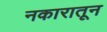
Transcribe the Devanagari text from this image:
नकारातून